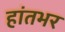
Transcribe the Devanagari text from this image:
हांतभर